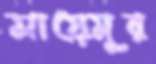
সায়েমুর